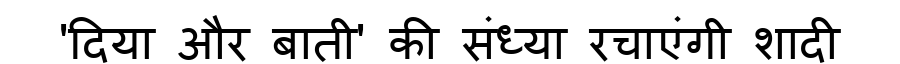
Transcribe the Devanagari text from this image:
'दिया और बाती' की संध्या रचाएंगी शादी